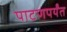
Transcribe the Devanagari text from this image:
पाटणपर्यंत